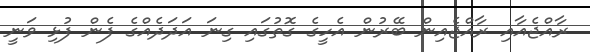
ރާއްޖެއާއި ރާއްޖެއިން ބޭރުން އެހީގެ ގޮތުގައި ގިނަ އަދަދެއްގެ ފެން ފުޅި ވަނީ